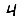
Digit: 4